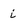
Character: i